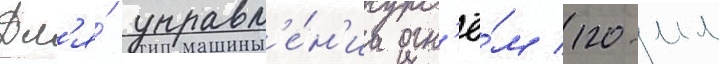
Дл'я́ управл'е́н'иа огн'ё́м 120-мм